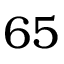
6 5